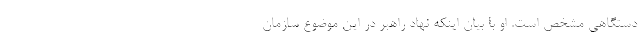
دستگاهی مشخص است. او با بیان اینکه نهاد راهبر در این موضوع سازمان